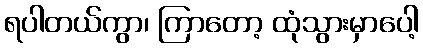
ရပါတယ်ကွာ၊ ကြာတော့ ထုံသွားမှာပေါ့